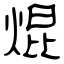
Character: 焜